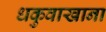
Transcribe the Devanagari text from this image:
धकुवाखाना